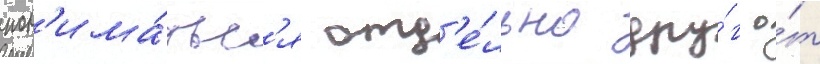
пон'има́тьс'я отд'е́льно дру́г о́т